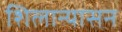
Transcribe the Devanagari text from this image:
शिलान्यासन